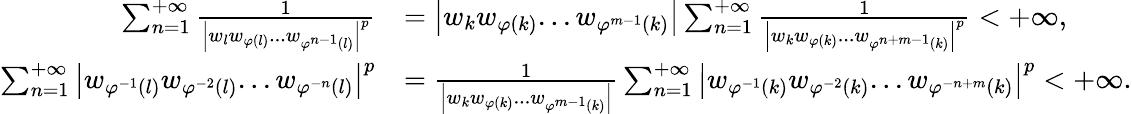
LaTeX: \begin{array}{rl}{\sum_{n=1}^{+\infty}{\frac{1}{\left|w_{l}w_{\varphi\left(l\right)}...w_{\varphi^{n-1}\left(l\right)}\right|^{p}}}}&{=\left|w_{k}w_{\varphi\left(k\right)}...w_{\varphi^{m-1}\left(k\right)}\right|\sum_{n=1}^{+\infty}{\frac{1}{\left|w_{k}w_{\varphi\left(k\right)}...w_{\varphi^{n+m-1}\left(k\right)}\right|^{p}}}<+\infty,}\\ {\sum_{n=1}^{+\infty}{\left|w_{\varphi^{-1}\left(l\right)}w_{\varphi^{-2}\left(l\right)}...w_{\varphi^{-n}\left(l\right)}\right|}^{p}}&{=\frac{1}{\left|w_{k}w_{\varphi\left(k\right)}...w_{\varphi^{m-1}\left(k\right)}\right|}\sum_{n=1}^{+\infty}{\left|w_{\varphi^{-1}\left(k\right)}w_{\varphi^{-2}\left(k\right)}...w_{\varphi^{-n+m}\left(k\right)}\right|}^{p}<+\infty.}\end{array}